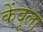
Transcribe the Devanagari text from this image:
केंदुला